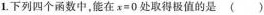
1.下列四个函数中，能在$$x=0$$处取得极值的是 ( )